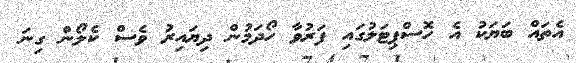
އެތައް ބަޔަކު އެ ހޮސްޕިޓަލުގައި ފަރުވާ ހޯދަމުން ދިޔައިރު ވެސް ކެލޯން ގިނަ